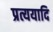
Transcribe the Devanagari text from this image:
प्रत्ययादि